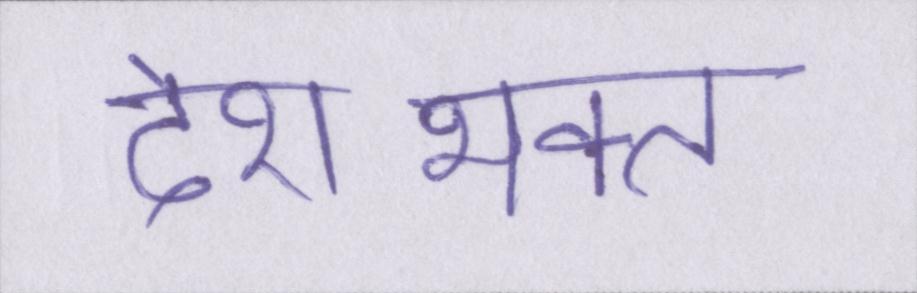
देशभक्त